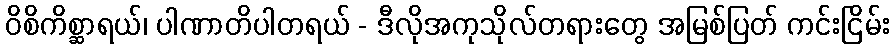
ဝိစိကိစ္ဆာရယ်၊ ပါဏာတိပါတရယ် - ဒီလိုအကုသိုလ်တရားတွေ အမြစ်ပြတ် ကင်းငြိမ်း